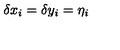
\delta x _ { i } = \delta y _ { i } = \eta _ { i }